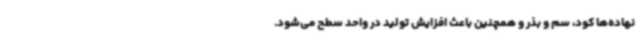
نهاده‌ها کود، سم و بذر و همچنین باعث افزایش تولید در واحد سطح می‌شود.